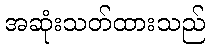
အဆုံးသတ်ထားသည်